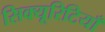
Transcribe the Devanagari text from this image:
सिक्यूरिटियाँ